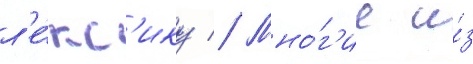
л'е́кс'ику // Мно́г'ие и́з